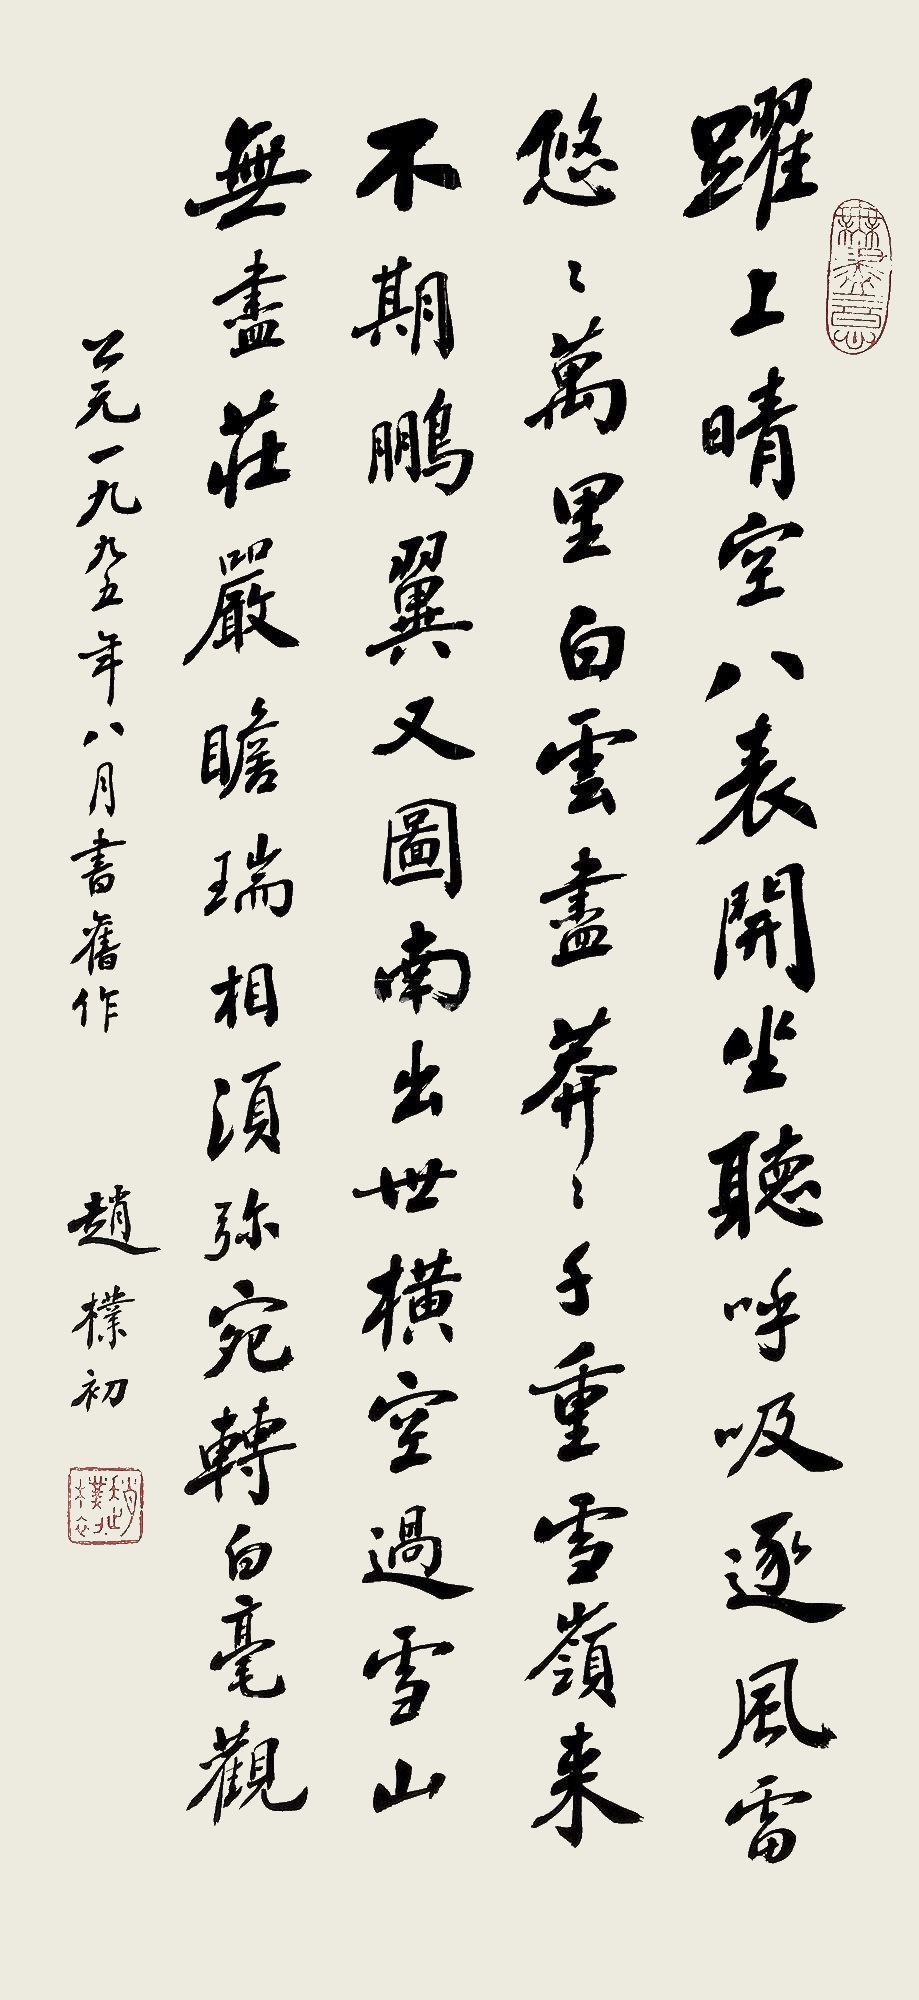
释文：跃上晴空八表开，坐听呼吸逐风雷。悠悠万里白云尽，莽莽千重雪岭来。不期鹏翼又图南，出世横空过雪山。无尽庄严瞻瑞相，须弥宛转白毫观。公元一九九五年八月书旧作，赵朴初。